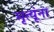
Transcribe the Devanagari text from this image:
मृत्यूंना